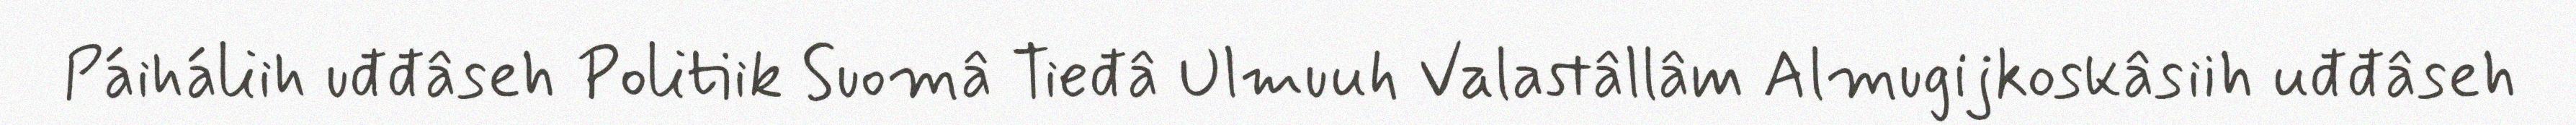
Páiháliih uđđâseh Politiik Suomâ Tieđâ Ulmuuh Valastâllâm Almugijkoskâsiih uđđâseh